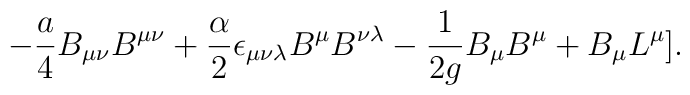
-{a\over 4}B_{\mu\nu}B^{\mu\nu}+{{\alpha}\over 2}\epsilon_{\mu\nu\lambda}B^\mu B^{\nu\lambda}-{1\over{2g}}B_\mu B^\mu +B_\mu L^\mu].